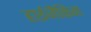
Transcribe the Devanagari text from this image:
हाईजैकिंग